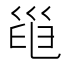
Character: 𢀀